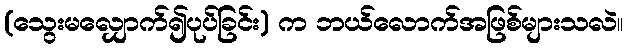
(သွေးမလျှောက်၍ပုပ်ခြင်း) က ဘယ်လောက်အဖြစ်များသလဲ။